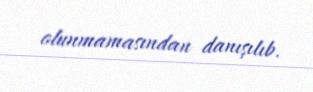
olunmamasından danışılıb.